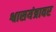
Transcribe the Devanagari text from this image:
श्वासयंत्रावर